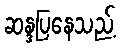
ဆန္ဒပြနေသည့်